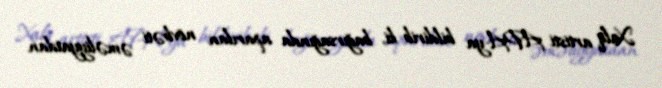
Xalq artisti APA-ya bildirib ki, bağırsağında aparılan növbəti əməliyyatdan